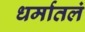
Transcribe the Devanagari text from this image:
धर्मातलं